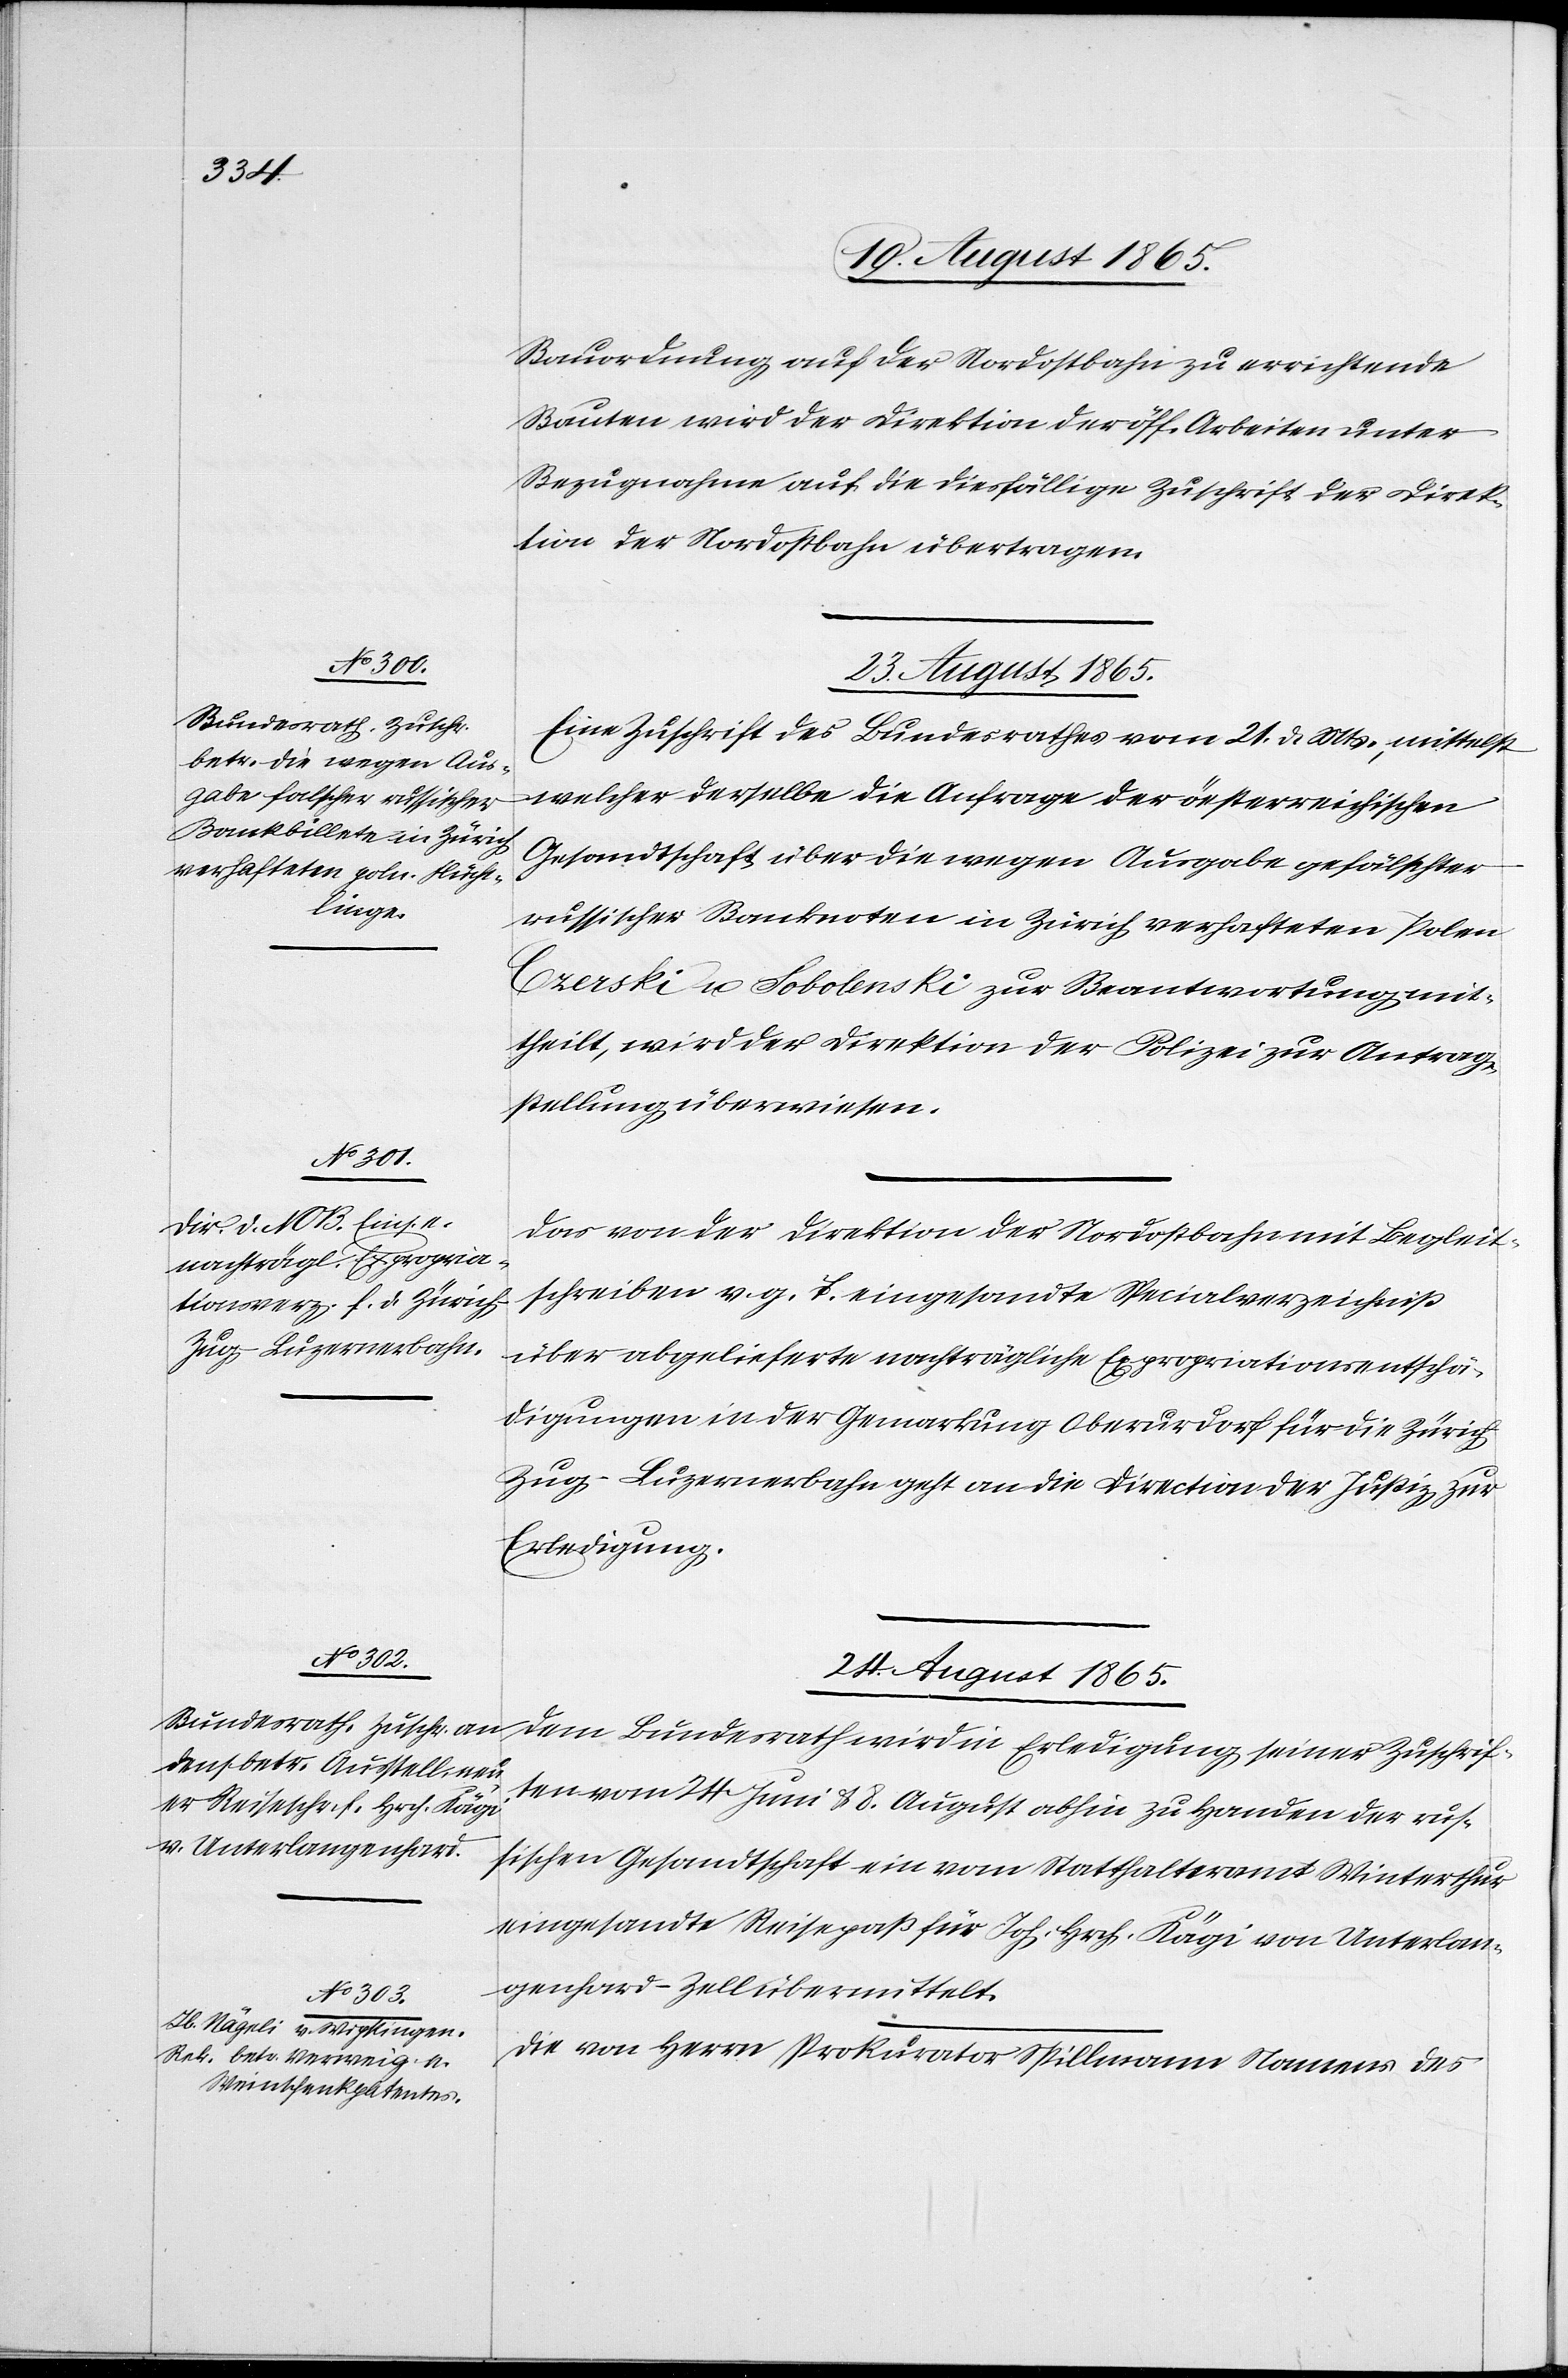
Bauordnung auf der Nordostbahn zu errichtende
Bauten wird der Direktion der öff. Arbeiten unter
Bezugnahme auf die diesfällige Zuschrift der Direk¬
tion der Nordostbahn übertragen.
23. August 1865.
Eine Zuschrift des Bundesrathes vom 21. d. Mts., mittelst
welcher derselbe die Anfrage der öesterreichischen
Gesandtschaft über die wegen Ausgabe gefälschten
russischer Banknoten in Zürich verhafteten Polen
Czerski u. Sobolenski zur Beantwortung mit¬
theilt, wird der Direktion der Polizei zur Antrag¬
stellung überwiesen.
Das von der Direktion der Nordostbahn mit Begleit¬
schreiben v. g. T. eingesandte Specialverzeichniß
über abgelieferte nachträgliche Expropriationsentschä¬
digungen in der Gemarkung Oberurdorf für die Züric¬
h–Zug–Luzernerbahn geht an die Direction der Justiz zur
Erledigung.
24. August 1865.]
Dem Bundesrath wird in Erledigung seiner Zuschrif¬
ten vom 24. Juni u. 8. August abhin zu Handen der rus¬
sischen Gesandtschaft ein vom Statthalteramt Winterthur
eingesandte Reisepaß für Joh. Hrch. Kägi von Unterlan¬
genhard-Zell übermittelt.
Die von Herrn Prokurator Spillmann Namens des